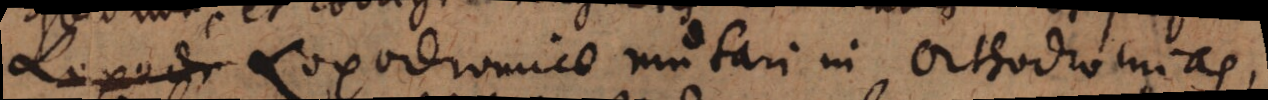
Loxodr Loxodromiae mutari in orthodromias,